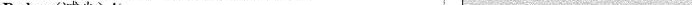
Reduce(减少)it. ___